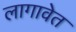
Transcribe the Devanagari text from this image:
लागावेत